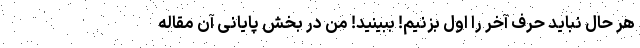
هر حال نباید حرف آخر را اول بزنیم! ببینید! من در بخش پایانی آن مقاله